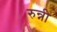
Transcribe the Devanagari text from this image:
रुन्नी